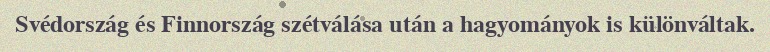
Svédország és Finnország szétválása után a hagyományok is különváltak.